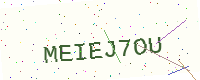
Text: MEIEJ7OU